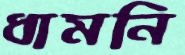
ধামনি